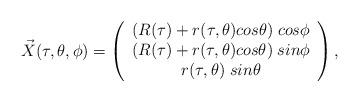
LaTeX: \begin{align*}\vec{X}(\tau, \theta, \phi) = \left( \begin{array}{c} ( R(\tau) + r(\tau,\theta) cos\theta )\; cos\phi \\ ( R(\tau) + r(\tau,\theta) cos\theta )\; sin\phi \\ r(\tau,\theta)\; sin\theta \end{array} \right),\end{align*}